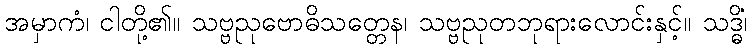
အမှာကံ၊ ငါတို့၏။ သဗ္ဗညုဗောဓိသတ္တေန၊ သဗ္ဗညုတဘုရားလောင်းနှင့်။ သဒ္ဓိံ၊